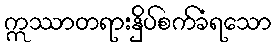
ဣဿာတရားနှိပ်စက်ခံရသော